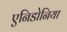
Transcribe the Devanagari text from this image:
एनिडोनिया